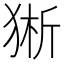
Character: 𰡕